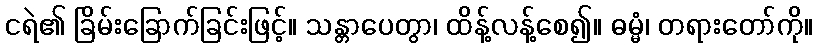
ငရဲ၏ ခြိမ်းခြောက်ခြင်းဖြင့်။ သန္တာပေတွာ၊ ထိန့်လန့်စေ၍။ ဓမ္မံ၊ တရားတော်ကို။